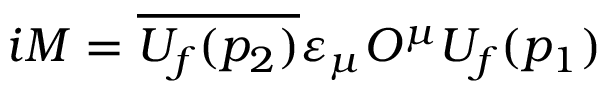
i { \cal M } = \overline { { { U _ { f } ( p _ { 2 } ) } } } \varepsilon _ { \mu } { \cal O } ^ { \mu } U _ { f } ( p _ { 1 } )